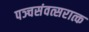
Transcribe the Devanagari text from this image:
पञ्चसंवत्सरात्क